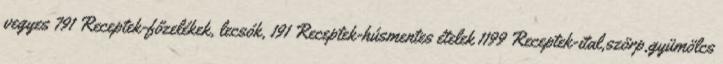
vegyes 791 Receptek-főzelékek, lecsók, 191 Receptek-húsmentes ételek 1199 Receptek-ital,szörp,gyümölcs